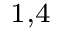
^ { 1 , 4 }